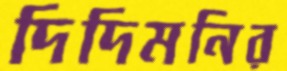
দিদিমনির